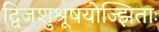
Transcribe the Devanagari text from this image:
द्विजशुश्रूषयोज्झिताः